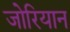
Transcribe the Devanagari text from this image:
जोरियान